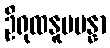
ဦရုထနူပပန္နာ